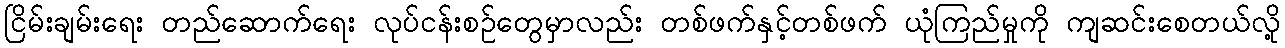
ငြိမ်းချမ်းရေး တည်ဆောက်ရေး လုပ်ငန်းစဉ်တွေမှာလည်း တစ်ဖက်နှင့်တစ်ဖက် ယုံကြည်မှုကို ကျဆင်းစေတယ်လို့